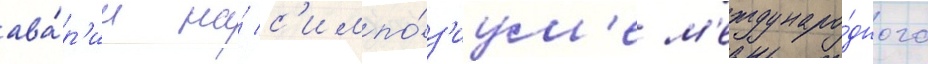
ава́р'ии на́ с'импо́з'иум'е м'еждунаро́дного